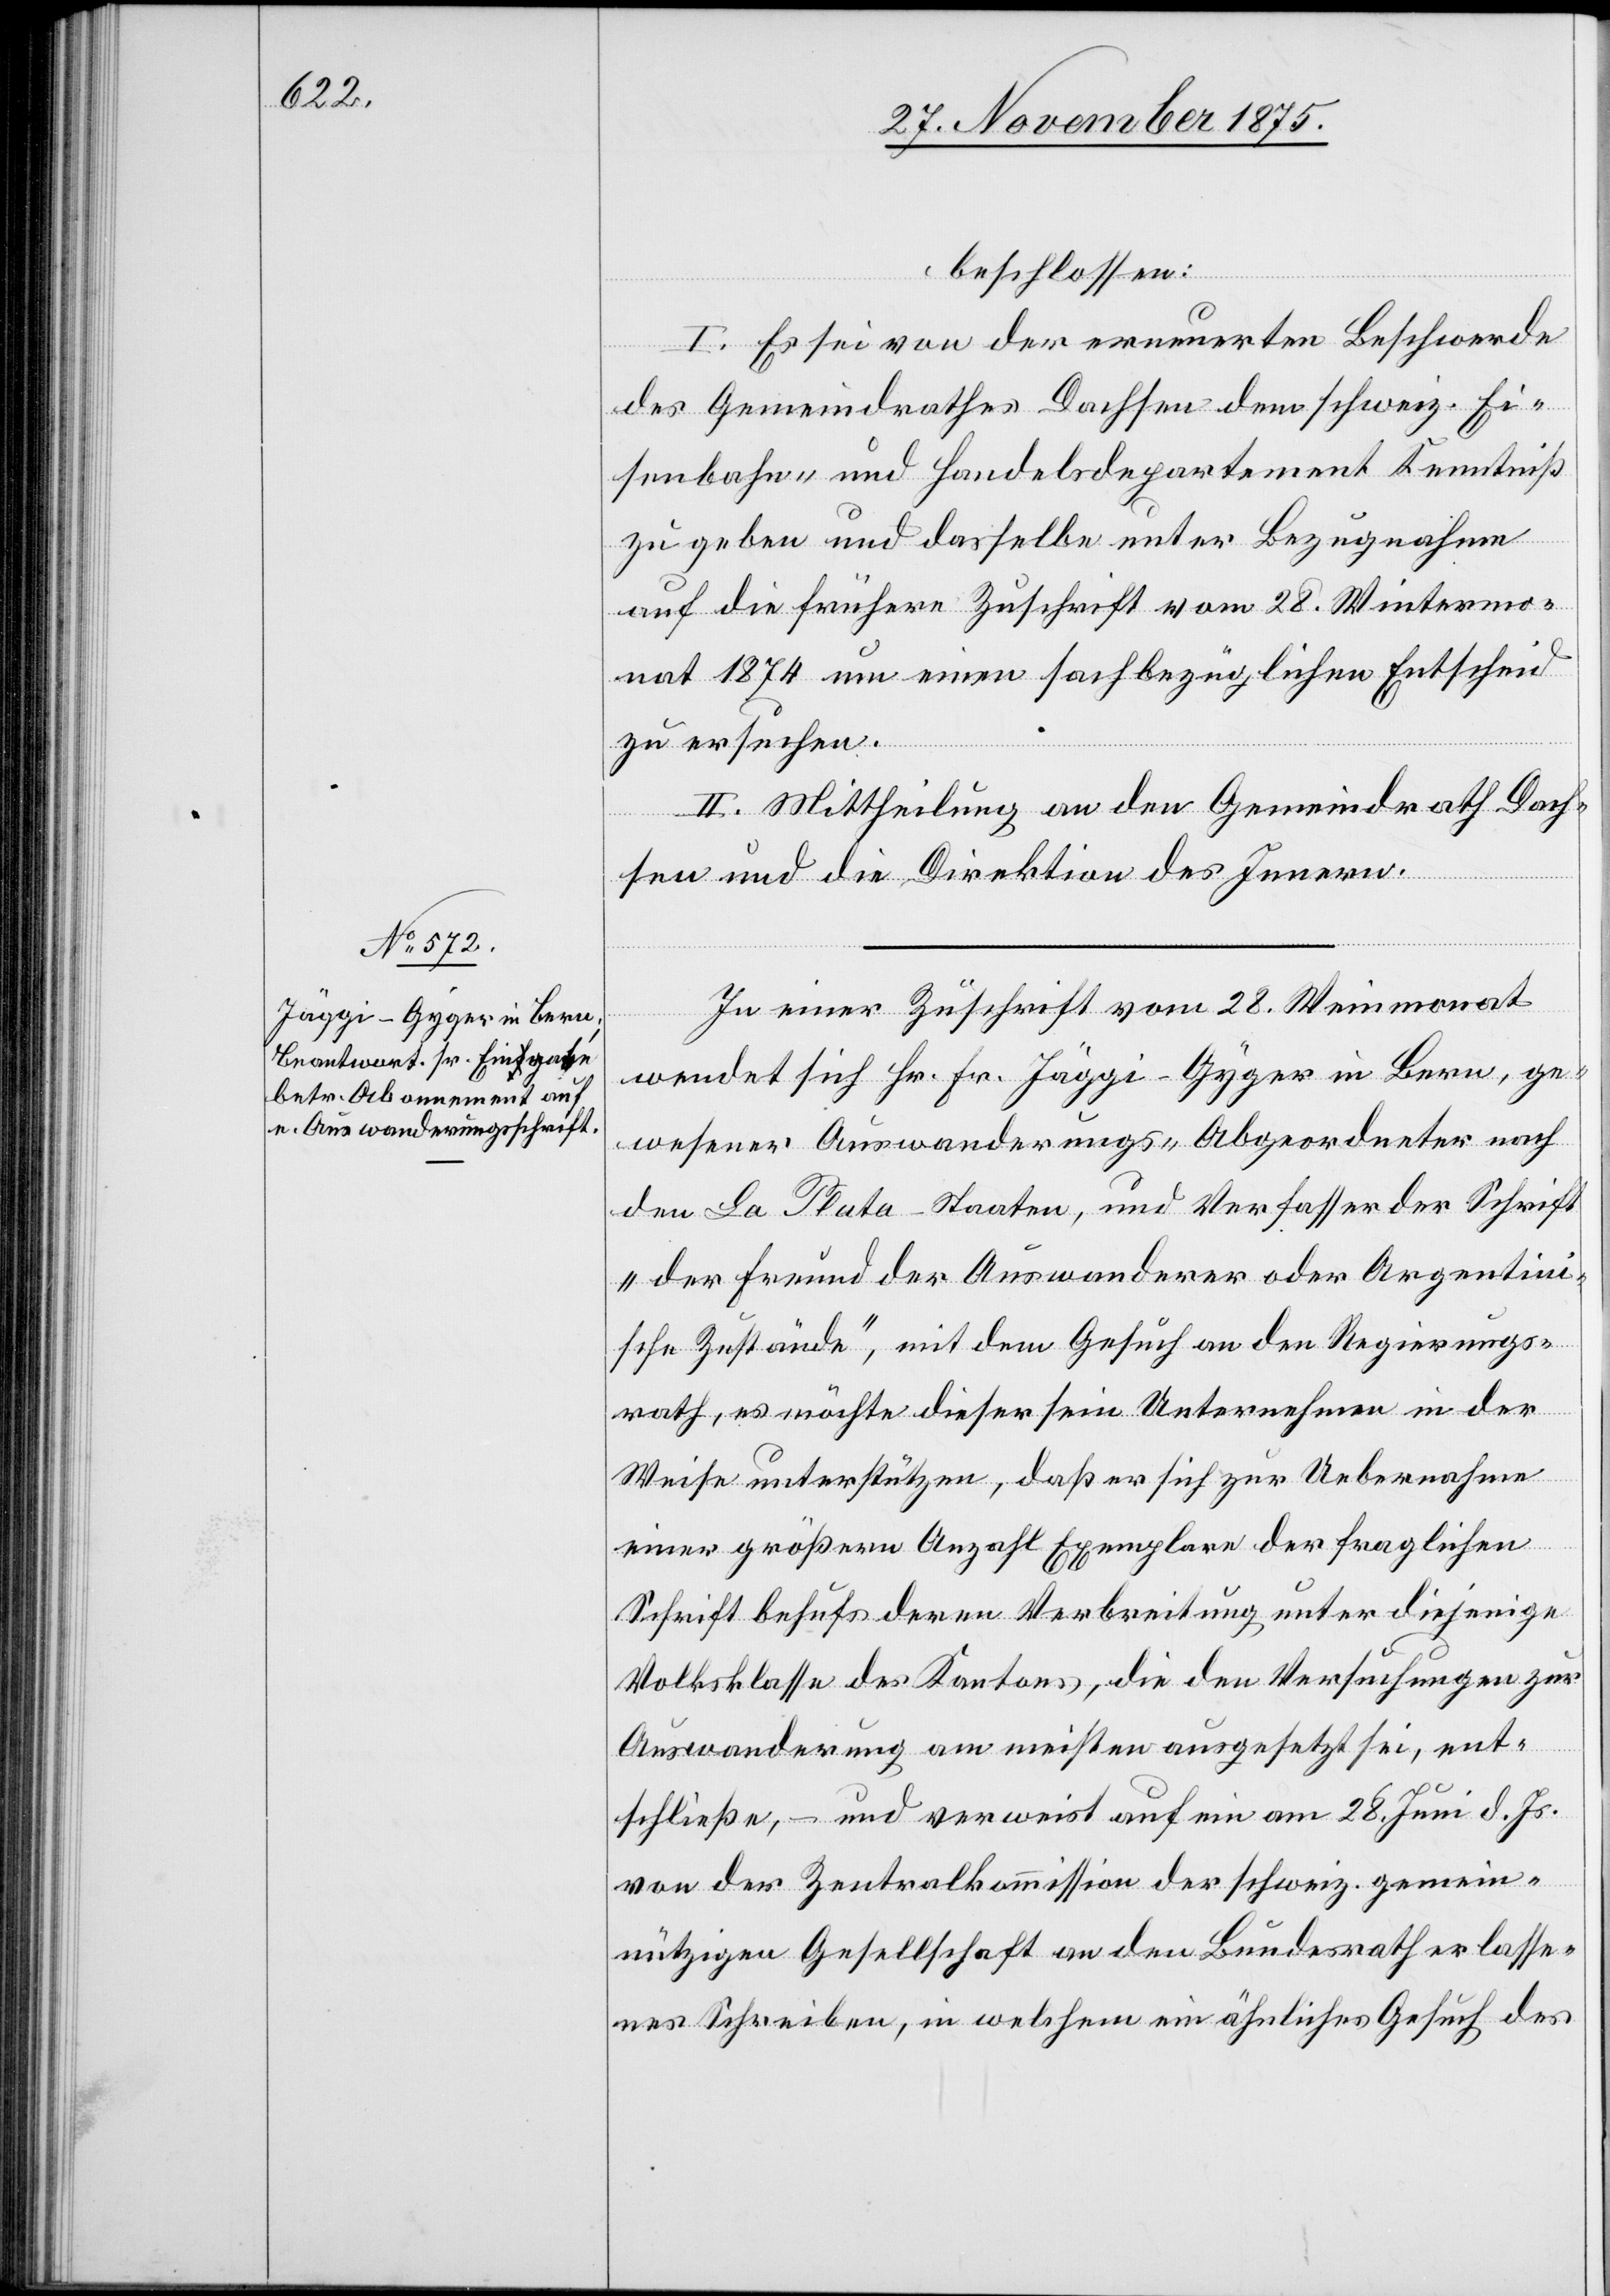
beschlossen:
I. Es sei von der erneuerten Beschwerde
des Gemeindrathes Dachsen dem schweiz. Ei¬
senbahn- und Handelsdepartement Kenntniß
zu geben und dasselbe unter Bezugnahme
auf die frühere Zuschrift vom 28. Wintermo¬
nat 1874 um einen sachbezüglichen Entscheid
zu ersuchen.
II. Mittheilung an den Gemeindrath Dach¬
sen und die Direktion des Innern.
Mit einer Zuschrift vom 28. Weinmonat
wendet sich Hr. Fr. Jäggi-Gyger in Bern, ge¬
wesener Auswanderungs-Abgeordneter nach
den La Plata-Staaten, und Verfasser der Schrift
„der Freund der Auswanderer oder Argentini¬
sche Zustände“, mit dem Gesuch an den Regierungs¬
rath, es möchte dieser sein Unternehmen in der
Weise unterstützen, daß er sich zur Uebernahme
einer größern Anzahl Exemplare der fraglichen
Schrift behufs deren Verbreitung unter diejenige
Volksklasse des Kantons, die den Versuchungen zur
Auswanderung am meisten ausgesetzt sei, ent¬
schließe, – und verweist auf ein am 28. Juni d. Js.
von der Zentralkommission der schweiz. gemein¬
nützigen Gesellschaft an den Bundesrath erlasse¬
nes Schreiben, in welchem ein ähnliches Gesuch des